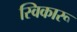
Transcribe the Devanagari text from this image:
स्विकारू